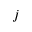
j